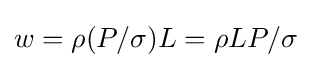
w=\rho (P/\sigma )L=\rho LP/\sigma